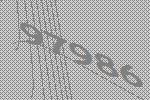
97986